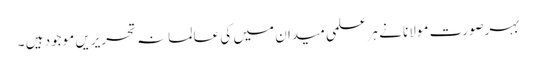
بہرصورت مولانا نے ہر علمی میدان میں کی عالمانہ تحریریں موجود ہیں ۔